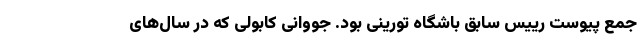
جمع پیوست رییس سابق باشگاه تورینی بود. جووانی کابولی که در سال‌های